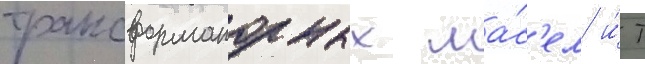
трансформаторных ма́с'ел и́ т